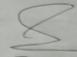
Signature authenticity: genuine